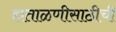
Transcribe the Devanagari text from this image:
हाताळणीसाठीची